Report of the Municipal Commissioner on the plague in Bombay for the year ending 31st May... - Volume 1
Disease focus: Plague
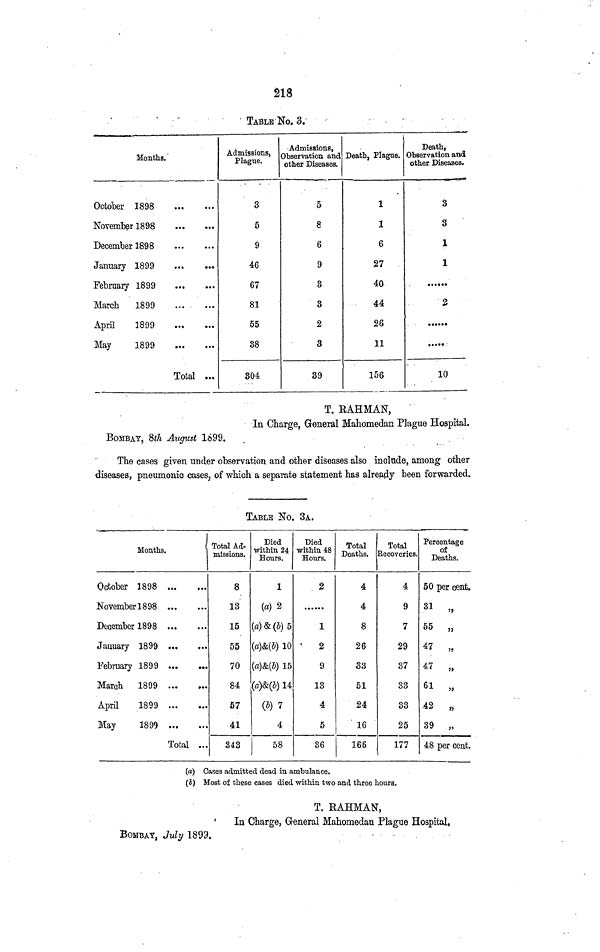
218
TABLE NO. 3.
Months.
October 1898
November 1898
December 1898
January 1899
February 1899
March
1899
April
1899
May
1899
Total ...
Admissions,
Plague.
3
5
9
46
67
81
55
38
304
Admissions,
Observation and
other Diseases.
5
8
6
9
3
3
2
3
39
Death, Plague.
1
1
6
27
40
44
26
11
156
Death,
Observation and
other Diseases.
3
3
1
1
2
10
BOmBAY, 8th August 1699.
T. RAHMAN,
In Charge, General Mahomedan Plague Hospital.
The cases given under observation and other diseases also include, among other
diseases, pneumonic cases, of which a separate statement has already been forwarded.
TABLE No. 3A.
Months.
October 1898
November 18 98
December 1898
January 1899
February 1899
March
1899
...
April
1899
May
1899
Total ...
Total Ad-
missions.
8
13
15
55
70
84
57
41
343
Died
within 24
Hours.
1
(a) 2
(a)&(b) 5
(a)&(b) 10
(a)&(b) 15
(a)&(b) 14
(b) 7
4
58
Died
within 48
Hours.
2
1
2
9
13
4
5
36
Total
Deaths.
4
4
8
26
S3
51
24
16
166
Total
Recoveries.
4
9
7
29
37
33
33
25
177
Percentage
of
Deaths.
50 per cent.
31 „
55 „
47 „
47 „
61 „
42 ,,
39 „
48 per cent.
(a) Cases admitted dead in ambulance.
(b) Most of these cases died within two and three hours.
BOMBAY, July 1899.
T. RAHMAN,
In Charge, General Mahomedau Plague Hospital,